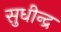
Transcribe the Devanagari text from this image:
सुधीन्द्र